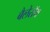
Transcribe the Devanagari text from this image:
बैलेरॉय